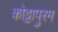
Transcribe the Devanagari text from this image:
कोट्टापुरम